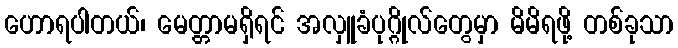
ဟောရပါတယ်၊ မေတ္တာမရှိရင် အလှူခံပုဂ္ဂိုလ်တွေမှာ မိမိရဖို့ တစ်ခုသာ